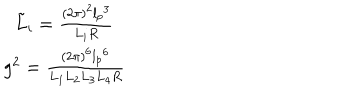
\begin{array} { r c l } { { } } & { { \tilde { L } _ { i } = \frac { ( 2 \pi ) ^ { 2 } { l _ { p } } ^ { 3 } } { L _ { i } R } } } \\ { { } } & { { g ^ { 2 } = \frac { ( 2 \pi ) ^ { 6 } { l _ { p } } ^ { 6 } } { L _ { 1 } L _ { 2 } L _ { 3 } L _ { 4 } R } } } \\ \end{array}